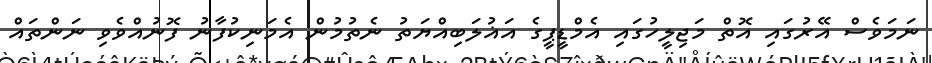
ނަމަވެސް އޭރުގައި އޮތް މަޖިލީހުގައި އެމްޑީޕީގެ އަޣުލަބިއްޔަތު ނެތުމުން އެމަނިކުފާނު ފޮނުއްވެވި ނަންތައް